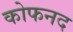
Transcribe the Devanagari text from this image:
कोफनद